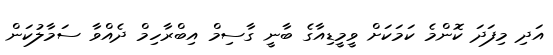
އަދި މިފަދަ ކޮންމެ ކަމަކަށް ވީމީޑިއާގެ ބާނީ ގާސިމް އިބްރާހިމް ދެއްވާ ސަމާލުކަން